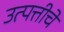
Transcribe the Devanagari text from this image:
उत्पत्तीचें